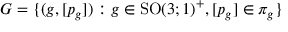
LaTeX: G = \{ ( g , [ p _ { g } ] ) : g \in \mathrm { S O } ( 3 ; 1 ) ^ { + } , [ p _ { g } ] \in \pi _ { g } \}